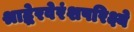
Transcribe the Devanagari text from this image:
श्राद्धेरवेरंशपरिक्ष्ये